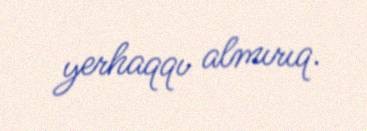
yerhaqqı almırıq.